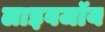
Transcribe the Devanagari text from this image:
लाइवजॉय